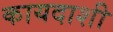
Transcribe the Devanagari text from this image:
कायदाशी